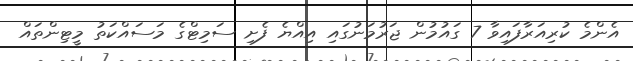
އެންމެ ކުރިއަރާފައިވާ 7 ގައުމުން ޖަރުމަނުގައި އިއްޔެ ފެށި ސަމިޓްގެ މަސައްކަތު މީޓިންތައް